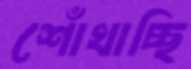
শোঁখাচ্ছি